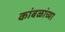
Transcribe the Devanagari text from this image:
कांबळांच्या